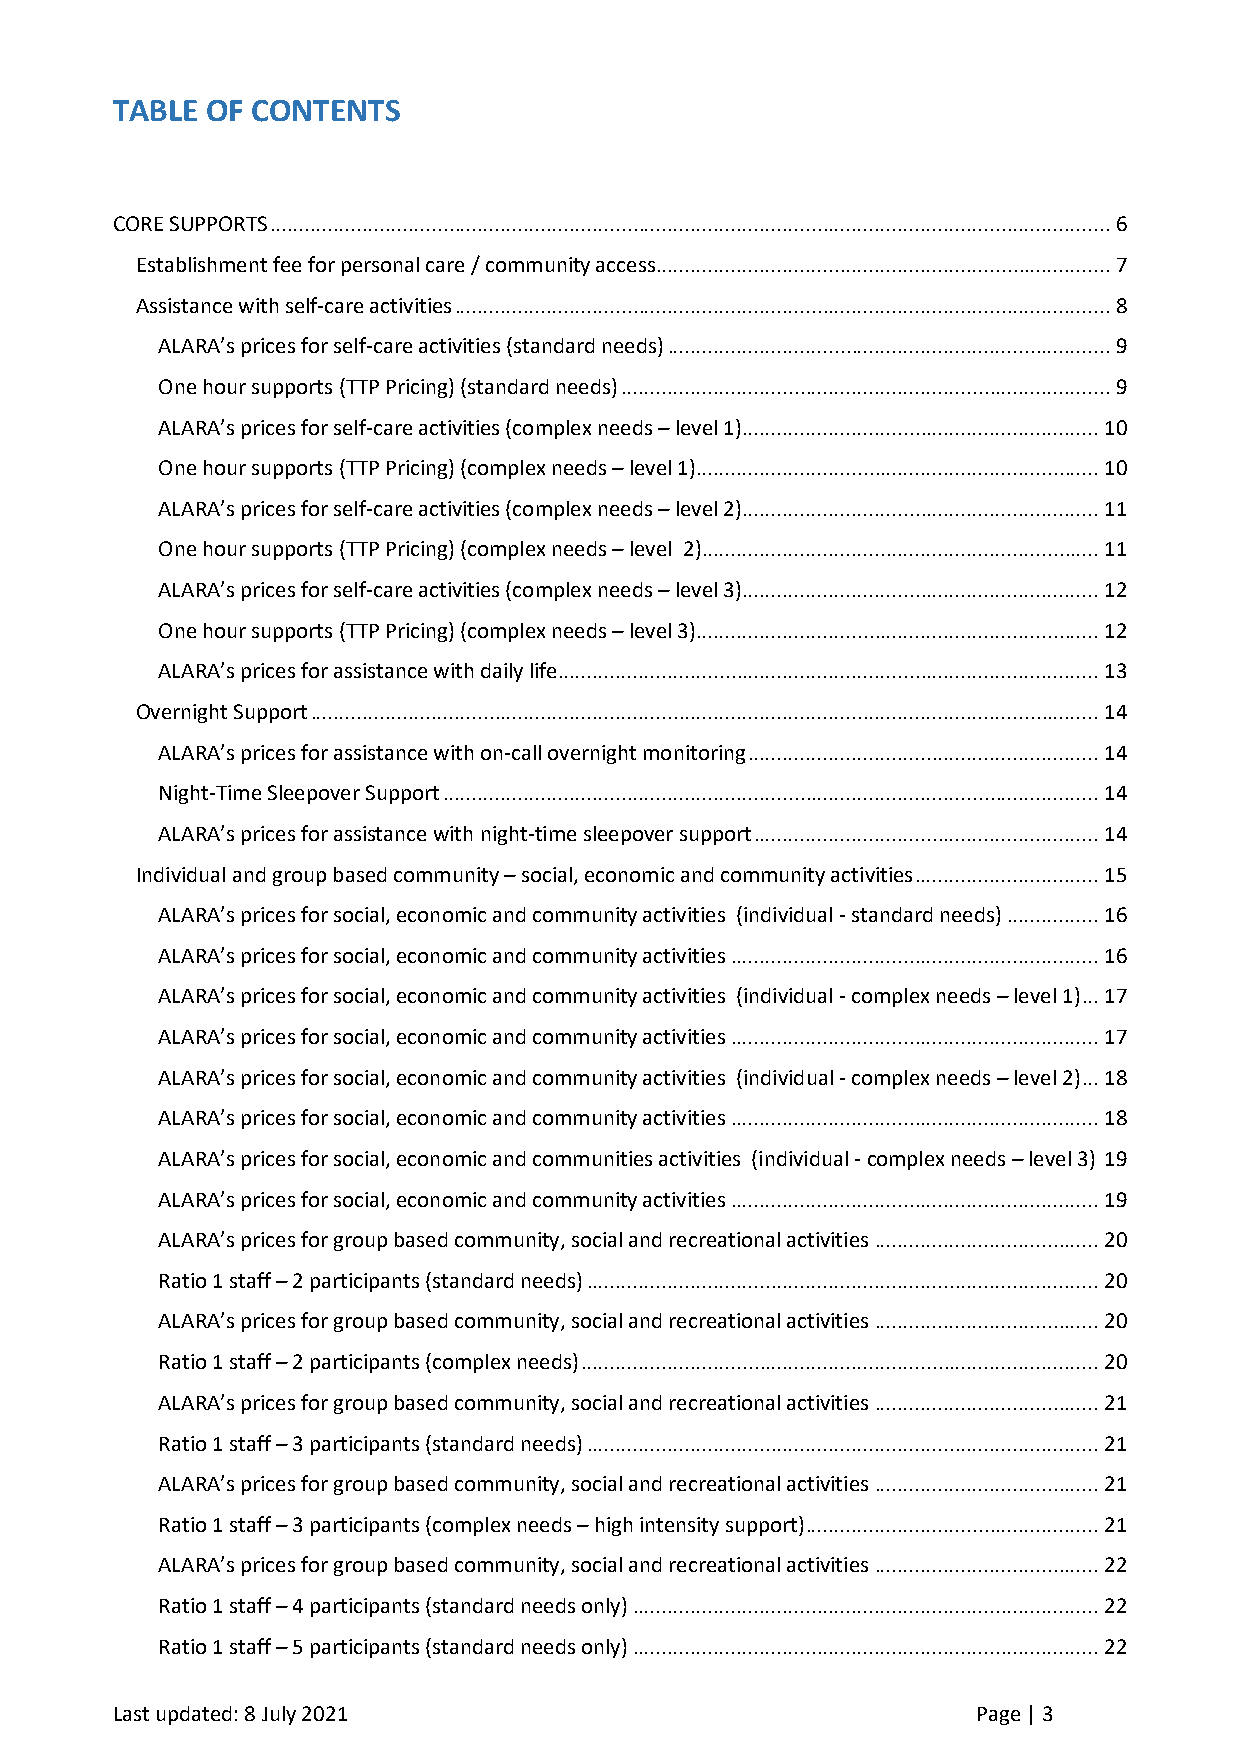
TABLE  OF CONTENTS
 CORE SUPPORTS .................................................................................................................................................. 6
 Establishment fee for personal care / community access............................................................................... 7
 Assistance with self-care activities .................................................................................................................. 8
 ALARA’s prices for self-care activities (standard needs) ............................................................................. 9
 One hour supports (TTP Pricing) (standard needs) ..................................................................................... 9
 ALARA’s prices for self-care activities (complex needs – level 1) .............................................................. 10
 One hour supports (TTP Pricing) (complex needs – level 1)...................................................................... 10
 ALARA’s prices for self-care activities (complex needs – level 2) .............................................................. 11
 One hour supports (TTP Pricing) (complex needs – level 2) ..................................................................... 11
 ALARA’s prices for self-care activities (complex needs – level 3) .............................................................. 12
 One hour supports (TTP Pricing) (complex needs – level 3)...................................................................... 12
 ALARA’s prices for assistance with daily life .............................................................................................. 13
 Overnight Support ......................................................................................................................................... 14
 ALARA’s prices for assistance with on-call overnight monitoring ............................................................. 14
 Night-Time Sleepover Support .................................................................................................................. 14
 ALARA’s prices for assistance with night-time sleepover support ............................................................ 14
 Individual and group based community – social, economic and community activities ................................ 15
 ALARA’s prices for social, economic and community activities (individual - standard needs) ................ 16
 ALARA’s prices for social, economic and community activities ................................................................ 16
 ALARA’s prices for social, economic and community activities (individual - complex needs – level 1) ... 17
 ALARA’s prices for social, economic and community activities ................................................................ 17
 ALARA’s prices for social, economic and community activities (individual - complex needs – level 2) ... 18
 ALARA’s prices for social, economic and community activities ................................................................ 18
 ALARA’s prices for social, economic and communities activities (individual - complex needs – level 3) 19
 ALARA’s prices for social, economic and community activities ................................................................ 19
 ALARA’s prices for group based community, social and recreational activities ....................................... 20
 Ratio 1 staff – 2 participants (standard needs) ......................................................................................... 20
 ALARA’s prices for group based community, social and recreational activities ....................................... 20
 Ratio 1 staff – 2 participants (complex needs) .......................................................................................... 20
 ALARA’s prices for group based community, social and recreational activities ....................................... 21
 Ratio 1 staff – 3 participants (standard needs) ......................................................................................... 21
 ALARA’s prices for group based community, social and recreational activities ....................................... 21
 Ratio 1 staff – 3 participants (complex needs – high intensity support) ................................................... 21
 ALARA’s prices for group based community, social and recreational activities ....................................... 22
 Ratio 1 staff – 4 participants (standard needs only) ................................................................................. 22
 Ratio 1 staff – 5 participants (standard needs only) ................................................................................. 22
 Last updated: 8 July 2021                                 Page | 3